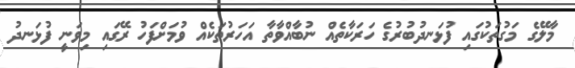
މާލޭގެ މަގުތަކުގައި ފުޅަނދުބުރުގެ ހަރަކާތެއް ނުބާއްވާތާ އަހަރުތަކެއް ވުމަށްފަހު ރޭގައި މިވަނީ ފުޅަނދު